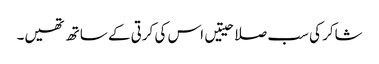
شاکر کی سب صلاحیتیں اس کی کرتی کے ساتھ تھیں۔